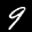
Label: 9